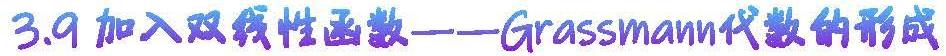
3.9 加入双线性函数——Grassmann代数的形成